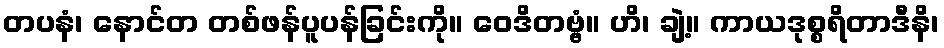
တပနံ၊ နောင်တ တစ်ဖန်ပူပန်ခြင်းကို။ ဝေဒိတဗ္ဗံ။ ဟိ၊ ချဲ့။ ကာယဒုစ္စရိတာဒီနိ၊